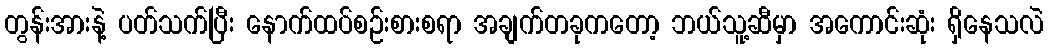
တွန်းအားနဲ့ ပတ်သက်ပြီး နောက်ထပ်စဉ်းစားစရာ အချက်တခုကတော့ ဘယ်သူ့ဆီမှာ အကောင်းဆုံး ရှိနေသလဲ